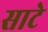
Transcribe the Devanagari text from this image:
साटे